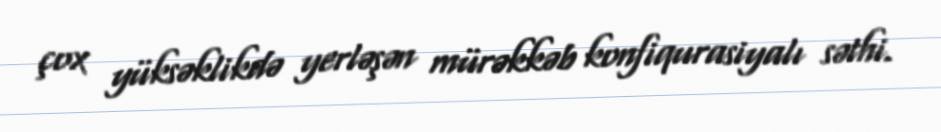
çox yüksəklikdə yerləşən mürəkkəb konfiqurasiyalı səthi.